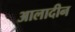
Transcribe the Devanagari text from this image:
आलादीन